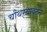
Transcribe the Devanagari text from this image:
चौथऱ्यावरुन